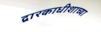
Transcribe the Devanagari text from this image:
द्वारकाधीशाच्या